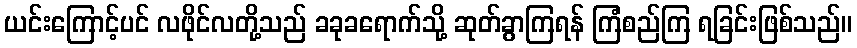
ယင်းကြောင့်ပင် လဖိုင်လတို့သည် ခခုခရောက်သို့ ဆုတ်ခွာကြရန် ကြံစည်ကြ ရခြင်းဖြစ်သည်။